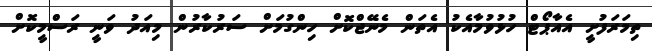
ތިމަރަފުށީ އެއާޕޯޓް ހުޅުވުމާއެކު އެތަން މެނޭޖްކޮށް ހިންގުމަށް ސަރުކާރުން މިއަދު ވަނީ ރަސްމީކޮށް